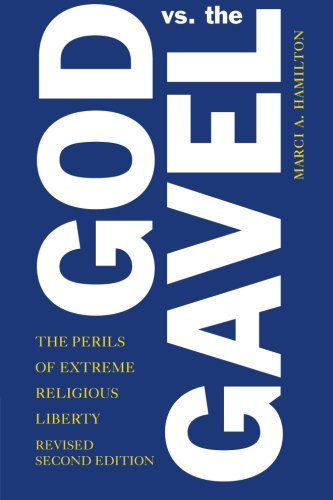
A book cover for God vs. the Gavel: The Perils of Extreme Religious Liberty; Marci A. Hamilton; Law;